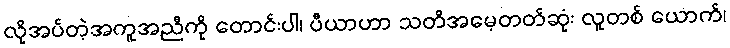
လိုအပ်တဲ့အကူအညီကို တောင်းပါ၊ ပီယာဟာ သတိအမေ့တတ်ဆုံး လူတစ် ယောက်၊